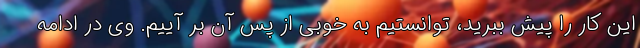
این کار را پیش ببرید، توانستیم به خوبی از پس آن بر آییم. وی در ادامه